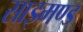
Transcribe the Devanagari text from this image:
साइमण्ड